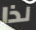
لذا